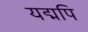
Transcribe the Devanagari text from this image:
यद्मपि